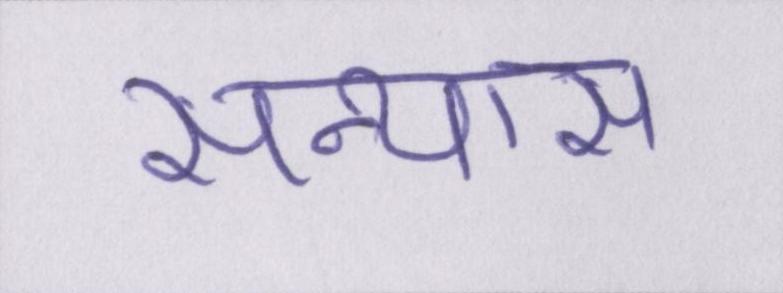
सन्यास